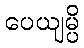
ပေယျမ္ပိ